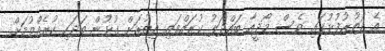
އެ ދަތުރުފުޅުގައި ވެސް މޯދީއާ ބައްދަލު ކުރައްވައި އިތުރަށް ގުޅުން ބަދަހި ކުރެއްވުމަށް